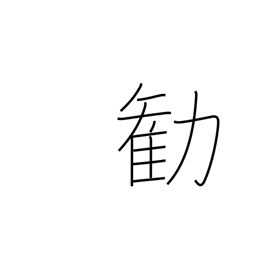
Meaning: persuade